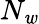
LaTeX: N_{\mathit{w}}